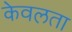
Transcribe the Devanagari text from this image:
केवलता